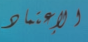
الإعتماد